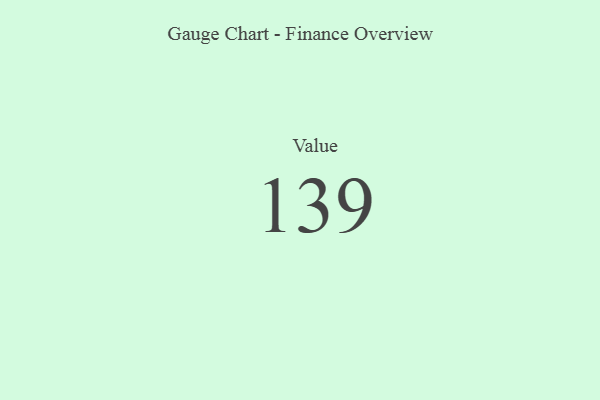
{"axis": {"x": "Metric", "y": "Value"}, "legend": [""], "data": [{"x": "Value", "y": 139, "type": ""}]}